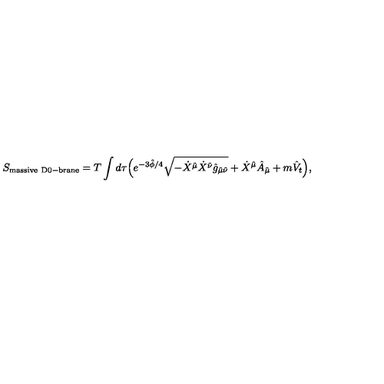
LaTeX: S _ { \mathrm { m a s s i v e \ D 0 - b r a n e } } = T \int d \tau \Big ( e ^ { - 3 \hat { \phi } / 4 } \sqrt { - \dot { X } ^ { \hat { \mu } } \dot { X } ^ { \hat { \nu } } \hat { g } _ { \hat { \mu } \hat { \nu } } } + \dot { X } ^ { \hat { \mu } } \hat { A } _ { \hat { \mu } } + m \hat { V } _ { t } \Big ) ,